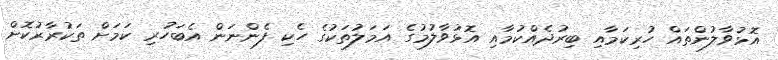
އޮޅުވާލުންތައް ހުރިކަމާއި ބިރުދެއްކުމާއި އޮޅުވާލުމުގެ އަމަލުތަކުގެ ހެކި ފެންނަން އެބަހުރި ކަމަށް ތަކުރާރުކޮށް